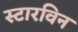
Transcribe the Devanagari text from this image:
स्टारविन